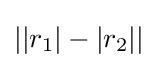
||r_{1}|-|r_{2}||